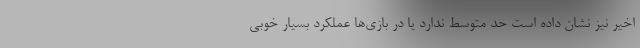
اخیر نیز نشان داده است حد متوسط ندارد یا در بازی‌ها عملکرد بسیار خوبی